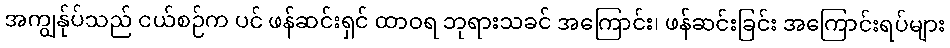
အကျွန်ုပ်သည် ငယ်စဉ်က ပင် ဖန်ဆင်းရှင် ထာဝရ ဘုရားသခင် အကြောင်း၊ ဖန်ဆင်းခြင်း အကြောင်းရပ်များ